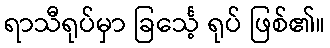
ရာသီရုပ်မှာ ခြင်္သေ့ ရုပ် ဖြစ်၏။